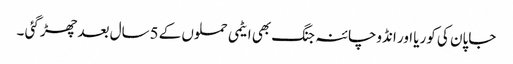
جاپان کی کوریا اور انڈوچائنہ جنگ بھی ایٹمی حملوں کے 5سال بعد چھڑ گئی ۔